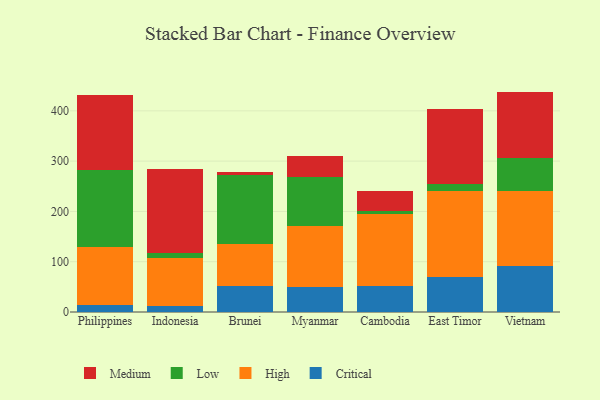
{"axis": {"x": "Country", "y": "Humidity (%)"}, "legend": ["Critical", "High", "Low", "Medium"], "data": [{"x": "Philippines", "y": 14.4, "type": "Critical"}, {"x": "Philippines", "y": 114.3, "type": "High"}, {"x": "Philippines", "y": 153.7, "type": "Low"}, {"x": "Philippines", "y": 149.1, "type": "Medium"}, {"x": "Indonesia", "y": 11.0, "type": "Critical"}, {"x": "Indonesia", "y": 96.5, "type": "High"}, {"x": "Indonesia", "y": 10.0, "type": "Low"}, {"x": "Indonesia", "y": 166.4, "type": "Medium"}, {"x": "Brunei", "y": 51.0, "type": "Critical"}, {"x": "Brunei", "y": 83.9, "type": "High"}, {"x": "Brunei", "y": 137.1, "type": "Low"}, {"x": "Brunei", "y": 6.3, "type": "Medium"}, {"x": "Myanmar", "y": 48.8, "type": "Critical"}, {"x": "Myanmar", "y": 122.4, "type": "High"}, {"x": "Myanmar", "y": 96.5, "type": "Low"}, {"x": "Myanmar", "y": 42.4, "type": "Medium"}, {"x": "Cambodia", "y": 52.6, "type": "Critical"}, {"x": "Cambodia", "y": 143.0, "type": "High"}, {"x": "Cambodia", "y": 5.6, "type": "Low"}, {"x": "Cambodia", "y": 38.7, "type": "Medium"}, {"x": "East Timor", "y": 69.5, "type": "Critical"}, {"x": "East Timor", "y": 170.5, "type": "High"}, {"x": "East Timor", "y": 15.4, "type": "Low"}, {"x": "East Timor", "y": 148.1, "type": "Medium"}, {"x": "Vietnam", "y": 91.1, "type": "Critical"}, {"x": "Vietnam", "y": 150.0, "type": "High"}, {"x": "Vietnam", "y": 64.9, "type": "Low"}, {"x": "Vietnam", "y": 132.3, "type": "Medium"}]}